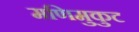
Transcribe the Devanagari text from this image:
मणिमुकुट